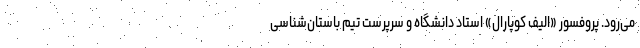
می‌رود. پروفسور «الیف کوپارال» استاد دانشگاه و سرپرست تیم باستان‌شناسی